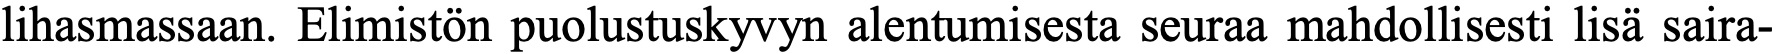
lihasmassaan. Elimistön puolustuskyvyn alentumisesta seuraa mahdollisesti lisä saira-